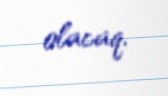
olacaq.